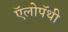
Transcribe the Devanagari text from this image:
ऍलोपॅथी